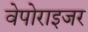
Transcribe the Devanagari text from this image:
वेपोराइजर